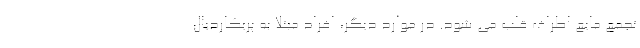
تجمع مایع اطراف قلب می شود. در موارد دیگر، افراد مبتلا به پریکاردیال